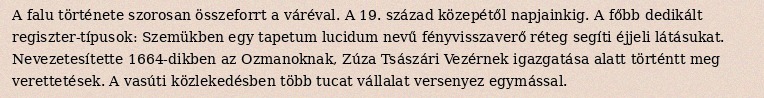
A falu története szorosan összeforrt a váréval. A 19. század közepétől napjainkig. A főbb dedikált regiszter-típusok: Szemükben egy tapetum lucidum nevű fényvisszaverő réteg segíti éjjeli látásukat. Nevezetesítette 1664-dikben az Ozmanoknak, Zúza Tsászári Vezérnek igazgatása alatt történtt meg verettetések. A vasúti közlekedésben több tucat vállalat versenyez egymással.